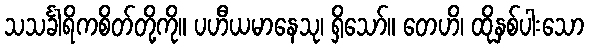
သသင်္ခါရိကစိတ်တို့ကို။ ပဟီယမာနေသု၊ ရှိသော်။ တေဟိ၊ ထိုနှစ်ပါးသော